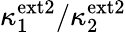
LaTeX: \kappa_{1}^{\mathrm{ext2}}/\kappa_{2}^{\mathrm{ext2}}